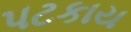
પટકાય